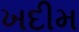
ખદીમ